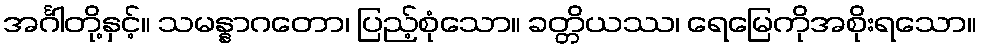
အင်္ဂါတို့နှင့်။ သမန္နာဂတော၊ ပြည့်စုံသော။ ခတ္တိယဿ၊ ရေမြေကိုအစိုးရသော။